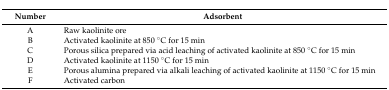
| Number | Adsorbent |
 | --- | --- |
 | A | Raw kaolinite ore |
 | B | Activated kaolinite at 850 °C for 15 min |
 | C | Porous silica prepared via acid leaching of activated kaolinite at 850 °C for 15 min |
 | D | Activated kaolinite at 1150 °C for 15 min |
 | E | Porous alumina prepared via alkali leaching of activated kaolinite at 1150 °C for 15 min |
 | F | Activated carbon |